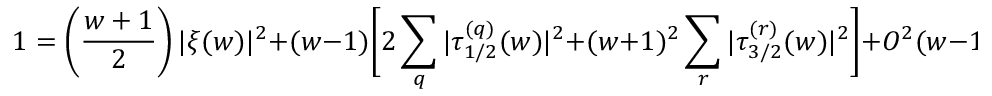
1 = \left( { \frac { w + 1 } { 2 } } \right) | \xi ( w ) | ^ { 2 } + ( w - 1 ) \Biggl [ 2 \sum _ { q } | \tau _ { 1 / 2 } ^ { ( q ) } ( w ) | ^ { 2 } + ( w + 1 ) ^ { 2 } \sum _ { r } | \tau _ { 3 / 2 } ^ { ( r ) } ( w ) | ^ { 2 } \Biggr ] + { \cal O } ^ { 2 } ( w - 1 )